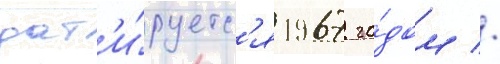
дат'и́руетс'я 1967 го́дом //